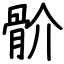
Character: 骱